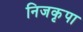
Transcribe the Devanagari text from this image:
निजकृपा